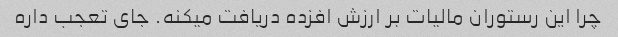
چرا این رستوران مالیات بر ارزش افزده دریافت میکنه. جای تعجب داره